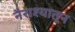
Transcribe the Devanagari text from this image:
नैराश्यातून